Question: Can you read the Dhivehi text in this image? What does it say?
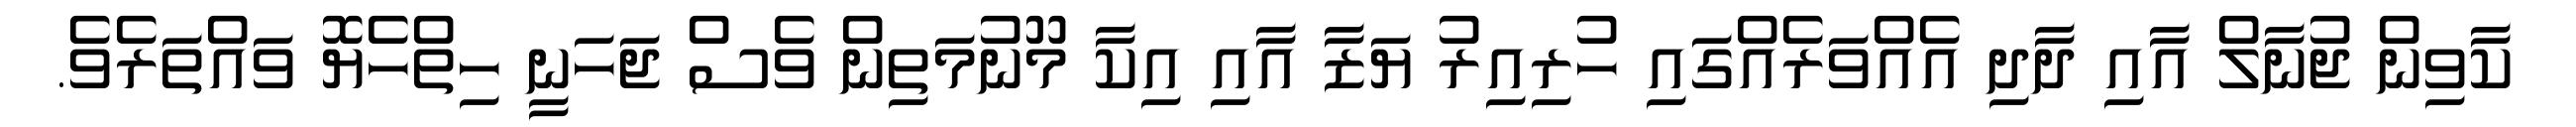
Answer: ކާވިން ޖުނާލް އާއި ދާދި އެއްވަރެއްގައި ހުރިއިރު ޔަޒާ އާއި އިކާ މޫނުމަތިން ވެސް ޖަހަނީ ހިތްހެޔޮ ވައްތަރެވެ.